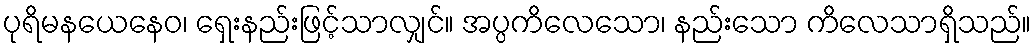
ပုရိမနယေနေဝ၊ ရှေးနည်းဖြင့်သာလျှင်။ အပ္ပကိလေသော၊ နည်းသော ကိလေသာရှိသည်။